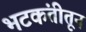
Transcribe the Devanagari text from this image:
भटकंतीतून